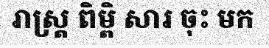
រាស្ត្រ ពិម្ពិ សារ ចុះ មក